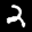
Label: 2